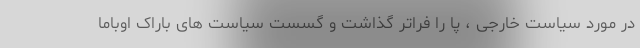
در مورد سیاست خارجی ، پا را فراتر گذاشت و گسست سیاست های باراک اوباما